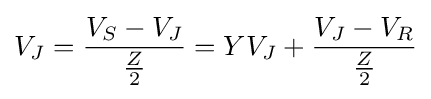
V_{J}={\frac {V_{S}-V_{J}}{\frac {Z}{2}}}=YV_{J}+{\frac {V_{J}-V_{R}}{\frac {Z}{2}}}